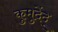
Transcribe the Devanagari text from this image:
कुमुदेंदु